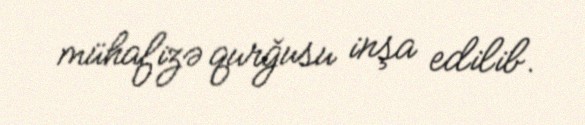
mühafizə qurğusu inşa edilib.